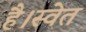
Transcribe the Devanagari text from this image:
है।स्वेत